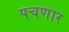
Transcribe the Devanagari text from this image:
पचणार